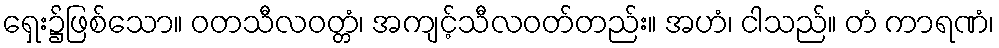
ရှေး၌ဖြစ်သော။ ဝတသီလဝတ္တံ၊ အကျင့်သီလဝတ်တည်း။ အဟံ၊ ငါသည်။ တံ ကာရဏံ၊